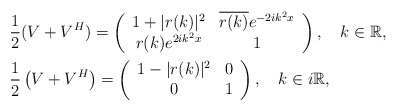
\begin{align*} &\frac{1}{2}(V + V^H) = \left(\begin{array}{cc}1+ |r(k)|^2 & \overline{r(k)}e^{-2ik^2x} \\r(k)e^{2ik^2x} & 1 \end{array} \right), \ \ \ k\in \mathbb{R}, \\&\frac{1}{2}\left(V + V^H\right) = \left(\begin{array}{cc} 1-|r(k)|^2 & 0 \\0 & 1 \end{array} \right), \ \ \ k\in i\mathbb{R}, \end{align*}